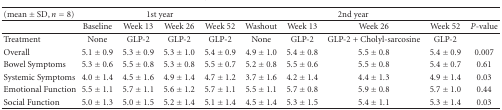
<table><thead><tr><td><b>(mean ± SD, <i>n</i> = 8)</b></td><td colspan="4"><b>1st year</b></td><td colspan="4"><b>2nd year</b></td><td></td></tr></thead><tbody><tr><td></td><td>Baseline</td><td>Week 13</td><td>Week 26</td><td>Week 52</td><td>Washout</td><td>Week 13</td><td>Week 26</td><td>Week 52</td><td><i>P</i>-value</td></tr><tr><td>Treatment</td><td>None</td><td>GLP-2</td><td>GLP-2</td><td>GLP-2</td><td>None</td><td>GLP-2</td><td>GLP-2 + Cholyl-sarcosine</td><td>GLP-2</td><td></td></tr><tr><td>Overall</td><td>5.1 ± 0.9</td><td>5.3 ± 0.9</td><td>5.3 ± 1.0</td><td>5.4 ± 0.9</td><td>4.9 ± 1.0</td><td>5.4 ± 0.8</td><td>5.5 ± 0.8</td><td>5.4 ± 0.9</td><td>0.007</td></tr><tr><td>Bowel Symptoms</td><td>5.3 ± 0.6</td><td>5.5 ± 0.8</td><td>5.3 ± 0.8</td><td>5.5 ± 0.7</td><td>5.2 ± 0.8</td><td>5.5 ± 0.6</td><td>5.5 ± 0.8</td><td>5.4 ± 0.7</td><td>0.61</td></tr><tr><td>Systemic Symptoms</td><td>4.0 ± 1.4</td><td>4.5 ± 1.6</td><td>4.9 ± 1.4</td><td>4.7 ± 1.2</td><td>3.7 ± 1.6</td><td>4.2 ± 1.4</td><td>4.4 ± 1.3</td><td>4.9 ± 1.4</td><td>0.03</td></tr><tr><td>Emotional Function</td><td>5.5 ± 1.1</td><td>5.7 ± 1.1</td><td>5.6 ± 1.2</td><td>5.7 ± 1.1</td><td>5.5 ± 1.1</td><td>5.7 ± 0.8</td><td>5.9 ± 0.8</td><td>5.7 ± 1.0</td><td>0.44</td></tr><tr><td>Social Function</td><td>5.0 ± 1.3</td><td>5.0 ± 1.5</td><td>5.2 ± 1.4</td><td>5.1 ± 1.4</td><td>4.5 ± 1.4</td><td>5.3 ± 1.5</td><td>5.4 ± 1.1</td><td>5.3 ± 1.4</td><td>0.03</td></tr></tbody></table>